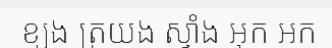
ខ្យង ត្រយង ស្ទាំង អុក អក